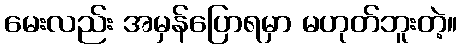
မေးလည်း အမှန်ပြောရမှာ မဟုတ်ဘူးတဲ့။